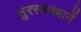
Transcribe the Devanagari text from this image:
सुरसवस्त्रानें